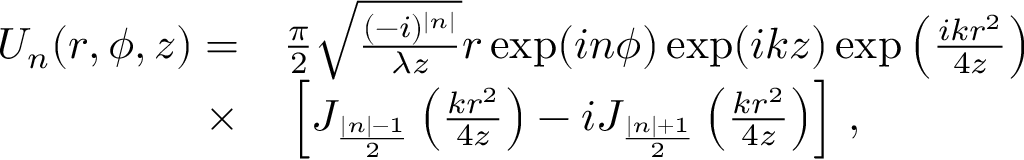
\begin{array} { r l } { U _ { n } ( r , \phi , z ) = } & { { } \frac { \pi } { 2 } \sqrt { \frac { ( - i ) ^ { | n | } } { \lambda z } } r \exp ( i n \phi ) \exp ( i k z ) \exp \left( \frac { i k r ^ { 2 } } { 4 z } \right) } \\ { \times } & { { } \left[ J _ { \frac { | n | - 1 } { 2 } } \left( \frac { k r ^ { 2 } } { 4 z } \right) - i J _ { \frac { | n | + 1 } { 2 } } \left( \frac { k r ^ { 2 } } { 4 z } \right) \right] \, , } \end{array}